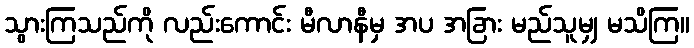
သွားကြသည်ကို လည်းကောင်း မီလာနီမှ အပ အခြား မည်သူမျှ မသိကြ။